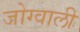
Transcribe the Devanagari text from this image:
जोग्वाली